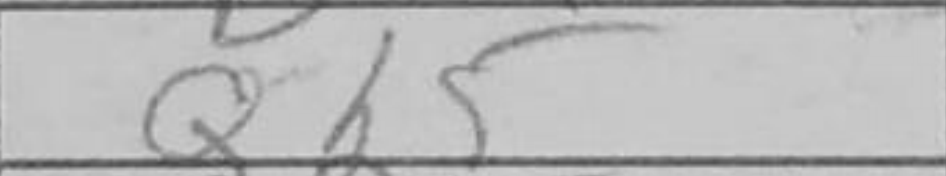
Transcription: Qh5